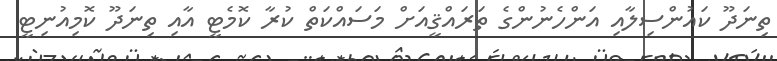
ތިނަދޫ ކައުންސިލާއި އަންހެނުންގެ ތަރައްޤީއަށް މަސައްކަތް ކުރާ ކޮމެޓީ އާއި ތިނަދޫ ކޮމިއުނިޓީ